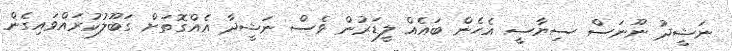
ނަޝީދު ނޫނަސް ސިޔާސީ އެހެން ބައެއް ލީޑަރުން ވެސް ނަޝީދާ އެއްގޮތަށް ގަބޫލުކުރައްވައިގެން